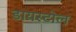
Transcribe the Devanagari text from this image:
डायस्टोल